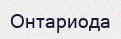
Онтариода